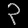
Digit: ၃